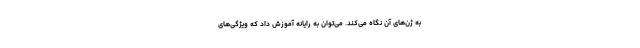
به ژن‌های آن نگاه می‌کند. می‌توان به رایانه آموزش داد که ویژگی‌های